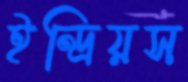
ইন্দ্রিয়স